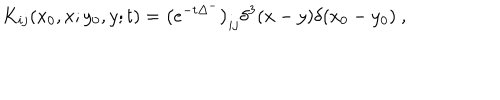
K _ { i j } ( x _ { 0 } , x ; y _ { 0 } , y ; t ) = \left( e ^ { - t \Delta ^ { - } } \right) _ { i j } \delta ^ { 3 } ( x - y ) \delta ( x _ { 0 } - y _ { 0 } ) \ ,